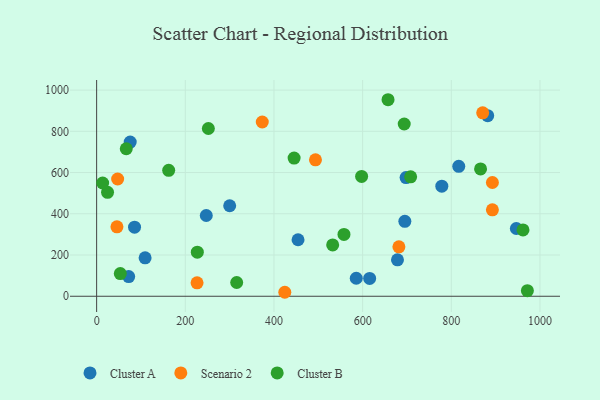
{"axis": {"x": "Investment", "y": "Exam Score"}, "legend": ["Cluster A", "Cluster B", "Scenario 2"], "data": [{"x": "678.6", "y": 176.6, "type": "Cluster A"}, {"x": "946.7", "y": 328.7, "type": "Cluster A"}, {"x": "695.2", "y": 363.4, "type": "Cluster A"}, {"x": "454.3", "y": 274.1, "type": "Cluster A"}, {"x": "247.3", "y": 391.6, "type": "Cluster A"}, {"x": "882.1", "y": 875.9, "type": "Cluster A"}, {"x": "816.8", "y": 630.3, "type": "Cluster A"}, {"x": "109.3", "y": 186.6, "type": "Cluster A"}, {"x": "72.3", "y": 95.4, "type": "Cluster A"}, {"x": "300.1", "y": 438.9, "type": "Cluster A"}, {"x": "615.8", "y": 86.6, "type": "Cluster A"}, {"x": "778.6", "y": 534.1, "type": "Cluster A"}, {"x": "75.7", "y": 748.0, "type": "Cluster A"}, {"x": "85.5", "y": 334.9, "type": "Cluster A"}, {"x": "585.6", "y": 87.4, "type": "Cluster A"}, {"x": "698.0", "y": 575.7, "type": "Cluster A"}, {"x": "892.7", "y": 419.4, "type": "Scenario 2"}, {"x": "870.8", "y": 889.9, "type": "Scenario 2"}, {"x": "892.7", "y": 551.8, "type": "Scenario 2"}, {"x": "493.6", "y": 661.5, "type": "Scenario 2"}, {"x": "424.4", "y": 19.3, "type": "Scenario 2"}, {"x": "47.4", "y": 568.6, "type": "Scenario 2"}, {"x": "226.5", "y": 65.3, "type": "Scenario 2"}, {"x": "45.8", "y": 336.6, "type": "Scenario 2"}, {"x": "681.8", "y": 239.5, "type": "Scenario 2"}, {"x": "373.6", "y": 845.2, "type": "Scenario 2"}, {"x": "866.0", "y": 617.5, "type": "Cluster B"}, {"x": "961.7", "y": 321.8, "type": "Cluster B"}, {"x": "532.4", "y": 248.9, "type": "Cluster B"}, {"x": "971.6", "y": 27.1, "type": "Cluster B"}, {"x": "227.1", "y": 213.8, "type": "Cluster B"}, {"x": "53.4", "y": 110.0, "type": "Cluster B"}, {"x": "315.9", "y": 66.7, "type": "Cluster B"}, {"x": "66.8", "y": 715.5, "type": "Cluster B"}, {"x": "445.4", "y": 670.3, "type": "Cluster B"}, {"x": "597.7", "y": 581.4, "type": "Cluster B"}, {"x": "693.8", "y": 835.5, "type": "Cluster B"}, {"x": "252.0", "y": 813.6, "type": "Cluster B"}, {"x": "557.9", "y": 299.7, "type": "Cluster B"}, {"x": "657.3", "y": 953.2, "type": "Cluster B"}, {"x": "162.5", "y": 610.6, "type": "Cluster B"}, {"x": "24.6", "y": 504.1, "type": "Cluster B"}, {"x": "708.3", "y": 579.4, "type": "Cluster B"}, {"x": "13.5", "y": 549.4, "type": "Cluster B"}]}